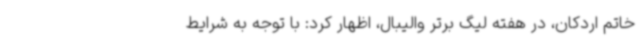
خاتم اردکان، در هفته لیگ برتر والیبال، اظهار کرد: با توجه به شرایط